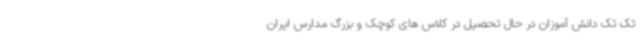
تک تک دانش آموزان در حال تحصیل در کلاس های کوچک و بزرگ مدارس ایران